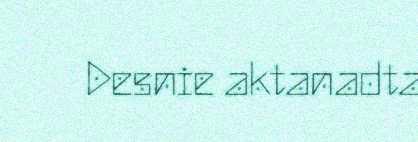
Desnie aktanadta